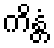
ကိန္တံ